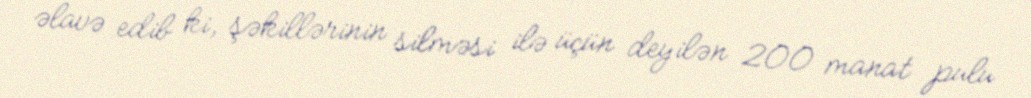
əlavə edib ki, şəkillərinin silməsi ilə üçün deyilən 200 manat pulu